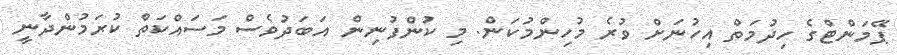
ޕޭމަންޓްގެ ހިދުމަތް އިހުނަށް ވުރެ މުހިންމުކަން. މި ކުންފުނިން އަބަދުވެސް މަސައްކަތް ކުރަމުންދާނީ